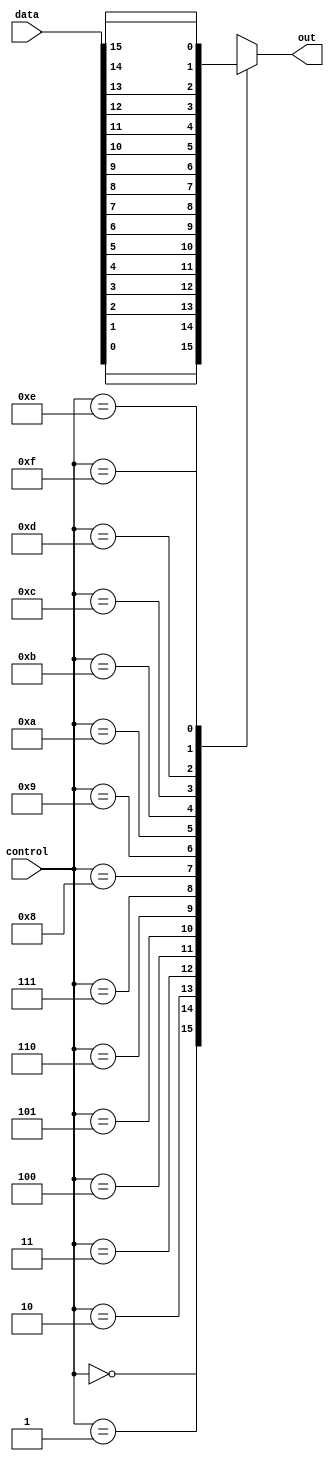
module mux_16to1 (
    input [15:0] data,
    input [3:0] control,
    output reg out
);

always @(*)
begin
    case (control)
        4'b0000: out = data[0];
        4'b0001: out = data[1];
        4'b0010: out = data[2];
        4'b0011: out = data[3];
        4'b0100: out = data[4];
        4'b0101: out = data[5];
        4'b0110: out = data[6];
        4'b0111: out = data[7];
        4'b1000: out = data[8];
        4'b1001: out = data[9];
        4'b1010: out = data[10];
        4'b1011: out = data[11];
        4'b1100: out = data[12];
        4'b1101: out = data[13];
        4'b1110: out = data[14];
        4'b1111: out = data[15];
        default: out = 0;
    endcase
end

endmodule